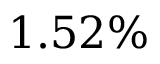
1 . 5 2 \%